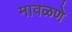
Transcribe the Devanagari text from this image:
मावळणे